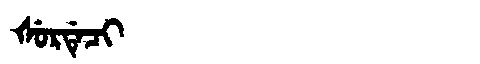
Manchu: ᡧᡠᡵᡩᡝᠴᡳ
Romanization: ŠURDECI